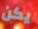
يكن